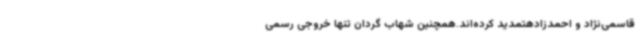
قاسمی‌نژاد و احمدزادهتمدید کرده‌اند.همچنین شهاب گردان تنها خروجی رسمی